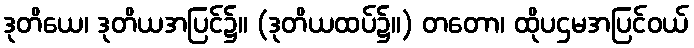
ဒုတိယေ၊ ဒုတိယအပြင်၌။ (ဒုတိယထပ်၌။) တတော၊ ထိုပဌမအပြင်ဝယ်